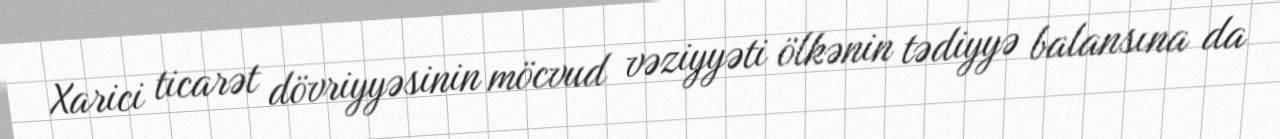
Xarici ticarət dövriyyəsinin möcvud vəziyyəti ölkənin tədiyyə balansına da